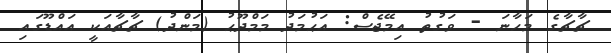
ޗާޗާގެ މަހާނަ - ވަގުތު އިމޭޖެސް: އަޙުމަދު މަމްދޫޙު (މަންދު) ޗާޗާއަކީ އައްޑޫގައި